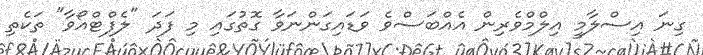
ގިނަ އިސްލާމީ އިލްމްވެރިން އެއްބަސްވެ ވަޑައިގަންނަވާ ގޮތުގައި މި ފަދަ "ލެފްޓްއޯވާ" ތަކެތި